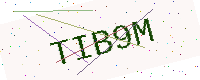
Text: TIB9M